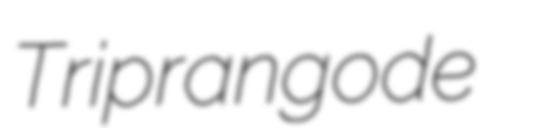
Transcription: Triprangode